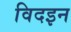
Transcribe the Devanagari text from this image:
विदइन